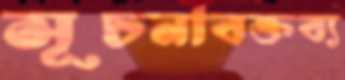
সূচনাবক্তব্য